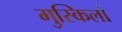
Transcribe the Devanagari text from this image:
मुस्किलो